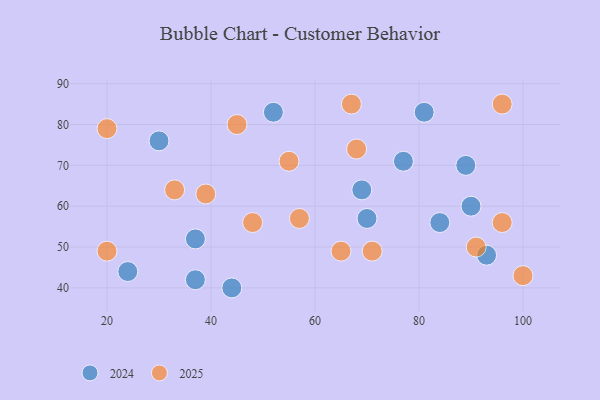
{"axis": {"x": "GDP", "y": "Life Expectancy"}, "legend": ["2024", "2025"], "data": [{"x": "96", "y": 56, "type": "2025"}, {"x": "20", "y": 49, "type": "2025"}, {"x": "71", "y": 49, "type": "2025"}, {"x": "96", "y": 85, "type": "2025"}, {"x": "20", "y": 79, "type": "2025"}, {"x": "48", "y": 56, "type": "2025"}, {"x": "100", "y": 43, "type": "2025"}, {"x": "57", "y": 57, "type": "2025"}, {"x": "67", "y": 85, "type": "2025"}, {"x": "65", "y": 49, "type": "2025"}, {"x": "45", "y": 80, "type": "2025"}, {"x": "33", "y": 64, "type": "2025"}, {"x": "91", "y": 50, "type": "2025"}, {"x": "55", "y": 71, "type": "2025"}, {"x": "68", "y": 74, "type": "2025"}, {"x": "39", "y": 63, "type": "2025"}, {"x": "37", "y": 52, "type": "2024"}, {"x": "44", "y": 40, "type": "2024"}, {"x": "89", "y": 70, "type": "2024"}, {"x": "70", "y": 57, "type": "2024"}, {"x": "81", "y": 83, "type": "2024"}, {"x": "90", "y": 60, "type": "2024"}, {"x": "24", "y": 44, "type": "2024"}, {"x": "84", "y": 56, "type": "2024"}, {"x": "69", "y": 64, "type": "2024"}, {"x": "30", "y": 76, "type": "2024"}, {"x": "77", "y": 71, "type": "2024"}, {"x": "93", "y": 48, "type": "2024"}, {"x": "52", "y": 83, "type": "2024"}, {"x": "37", "y": 42, "type": "2024"}]}